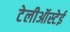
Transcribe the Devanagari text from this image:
टेलीऑस्टेई